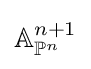
\mathbb {A} _{\mathbb {P} ^{n}}^{n+1}